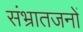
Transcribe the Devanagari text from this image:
संभ्रातजनों